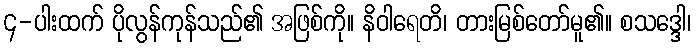
၄-ပါးထက် ပိုလွန်ကုန်သည်၏ အဖြစ်ကို။ နိဝါရေတိ၊ တားမြစ်တော်မူ၏။ စသဒ္ဒေါ၊